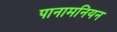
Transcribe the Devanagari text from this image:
पानामनियन